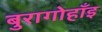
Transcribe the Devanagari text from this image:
बुरागोहाँइ